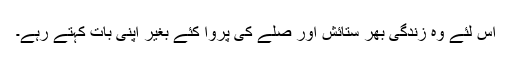
اس لئے وہ زندگی بھر ستائش اور صلے کی پروا کئے بغیر اپنی بات کہتے رہے۔